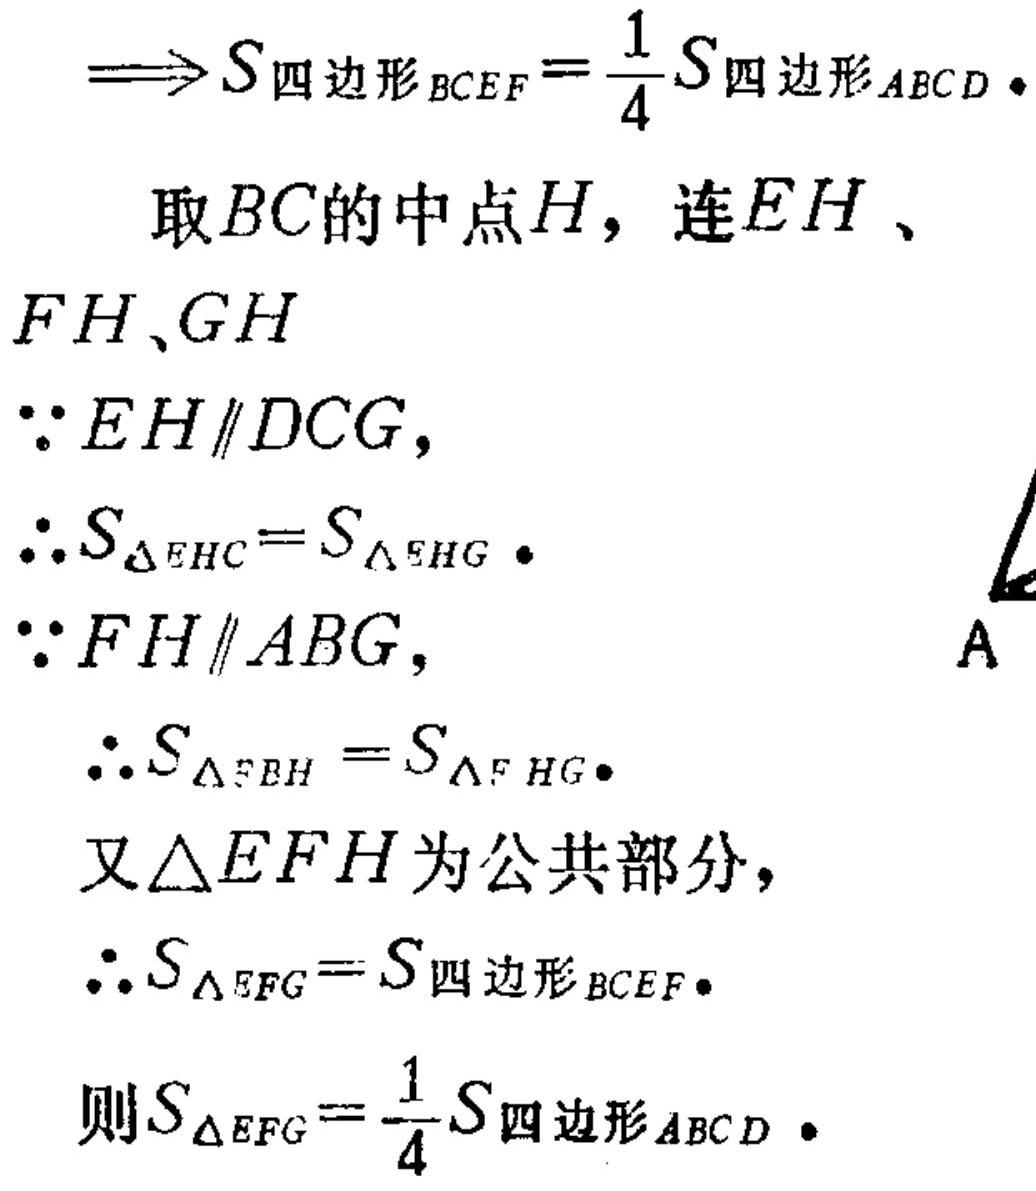
\[
\begin{align*}
&\Longrightarrow S_{四边形BCEF}=\frac{1}{4}S_{四边形ABCD} \cdot\\
\end{align*}
\]
取 \(BC\)的中点 \(H\)，连 \(EH\)、\(FH\)、\(GH\)
\(\because EH\parallel DCG\)，
\(\therefore S_{\triangle EHC}=S_{\triangle EHG} \cdot\)
\(\because FH\parallel ABG\)，
\(\therefore S_{\triangle F EH}=S_{\triangle F HG}\cdot\)
又\(\triangle EFH\)为公共部分，
\(\therefore S_{\triangle EFG}=S_{四边形BCEF}\cdot\)
则\(S_{\triangle EFG}=\frac{1}{4}S_{四边形ABCD} \cdot\)